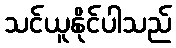
သင်ယူနိုင်ပါသည်